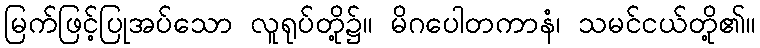
မြက်ဖြင့်ပြုအပ်သော လူရုပ်တို့၌။ မိဂပေါတကာနံ၊ သမင်ငယ်တို့၏။